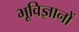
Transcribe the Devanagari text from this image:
भूविज्ञानों